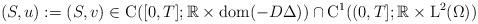
LaTeX: \begin{align*}(S,u):= (S,v)\in \mathrm{C}([0,T];\mathbb{R}\times \mathrm{dom}(-D\Delta))\cap \mathrm{C}^1((0,T];\mathbb{R}\times \mathrm{L}^2(\Omega))\end{align*}